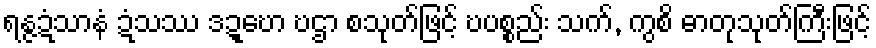
ရန္ဇဍံသာနံ ဍံသဿ ဒဍ္ဎော ဎဌာ စသုတ်ဖြင့် ဎပစ္စည်း သက်, ကွစိ ဓာတုသုတ်ကြီးဖြင့်